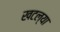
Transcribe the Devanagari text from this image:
खटल्या